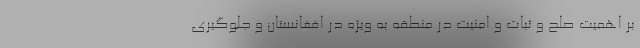
بر اهمیت صلح و ثبات و امنیت در منطقه به ویژه در افغانستان و جلوگیری